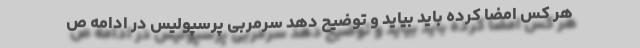
هر کس امضا کرده باید بیاید و توضیح دهد سرمربی پرسپولیس در ادامه ص